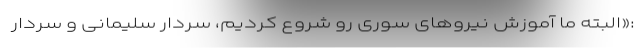
:«البته ما آموزش نیروهای سوری رو شروع کردیم، سردار سلیمانی و سردار